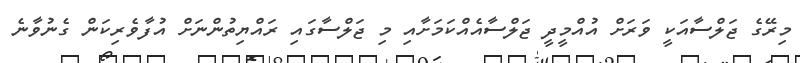
މިރޭގެ ޖަލްސާއަކީ ވަރަށް އުއްމީދީ ޖަލްސާއެއްކަމަށާއި މި ޖަލްސާގައި ރައްޔިތުންނަށް އުފާވެރިކަން ގެނުވާނެ